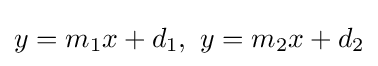
y=m_{1}x+d_{1},\ y=m_{2}x+d_{2}